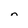
Character: n